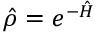
{ \hat { \rho } } = e ^ { - { \hat { H } } }